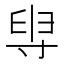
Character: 𡬯